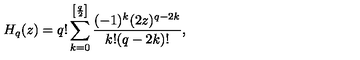
H _ { q } ( z ) = q ! \sum _ { k = 0 } ^ { \left[ \frac q 2 \right] } \frac { ( - 1 ) ^ { k } ( 2 z ) ^ { q - 2 k } } { k ! ( q - 2 k ) ! } ,